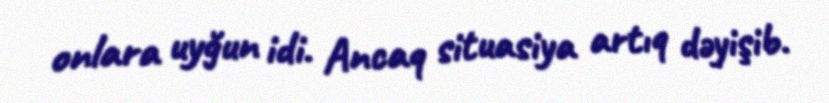
onlara uyğun idi. Ancaq situasiya artıq dəyişib.